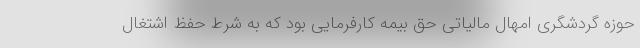
حوزه گردشگری امهال مالیاتی حق بیمه کارفرمایی بود که به شرط حفظ اشتغال